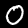
Label: 0